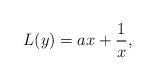
LaTeX: \begin{align*} L(y)=ax+\frac{1}{x},\end{align*}